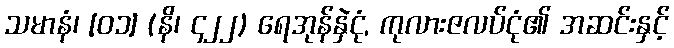
သမာနံ၊ [၀၁] (နိ၊ ၄၂၂) ရေအုန်နှဲငုံ, ကုလားဇလပ်ငုံ၏ အဆင်းနှင့်